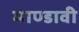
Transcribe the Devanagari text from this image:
माण्डावी